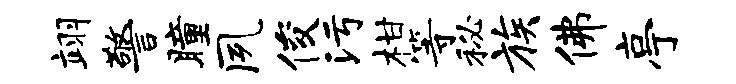
翊警瞳夙俊污柑等秘族佛亭